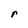
Character: r